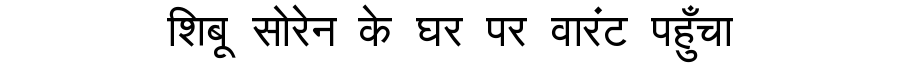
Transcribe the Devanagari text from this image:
शिबू सोरेन के घर पर वारंट पहुँचा